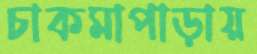
চাকমাপাড়ায়